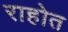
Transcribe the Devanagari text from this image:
राहोत